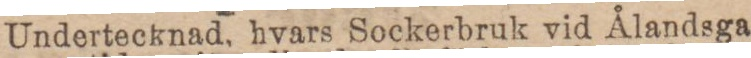
Undertecknad, hvars Sockerbruk vid Ålandsga-